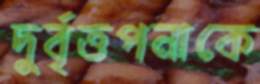
দুর্বৃত্তপনাকে